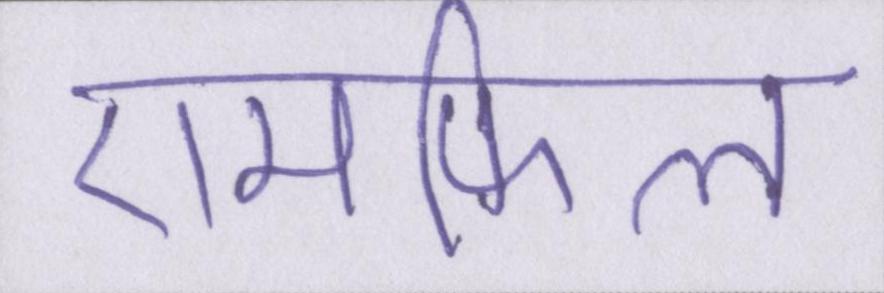
एमफिल